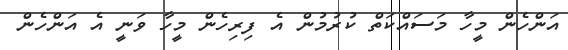
އަންހެން މީހާ މަސައްކަތް ކުރުމުން އެ ފިރިހެން މީހާ ވަނީ އެ އަންހެން